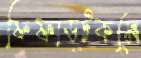
ফিফাডটকমে